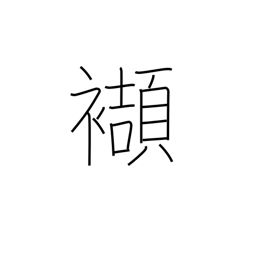
Meaning: tuck into one's obi